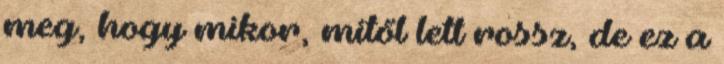
meg, hogy mikor, mitől lett rossz, de ez a